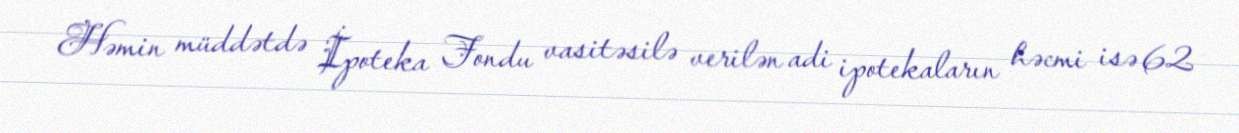
Həmin müddətdə İpoteka Fondu vasitəsilə verilən adi ipotekaların həcmi isə 62